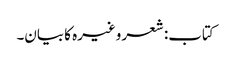
کتاب: شعر وغیرہ کا بیان۔